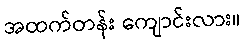
အထက်တန်း ကျောင်းလား။